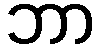
ဘာ